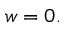
w = 0 .